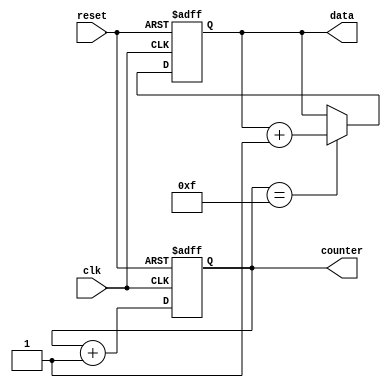
module ParameterFocusedInit #(
    parameter INITIAL_VALUE = 8'd0,  // Default initial value for registers
    parameter MODE = 2'b00,           // Operational mode (00: basic, 01: advanced)
    parameter COUNTER_SIZE = 4         // Size of the counter
)(
    input wire clk,                   // Clock input
    input wire reset,                 // Asynchronous reset
    output reg [COUNTER_SIZE-1:0] counter, // Counter output
    output reg [7:0] data             // Data output
);

    // Initialization logic
    initial begin
        // Set initial values based on parameters
        counter = INITIAL_VALUE[COUNTER_SIZE-1:0]; // Initialize counter
        data = INITIAL_VALUE;                        // Initialize data
    end

    // Always block for handling clock and reset
    always @(posedge clk or posedge reset) begin
        if (reset) begin
            // Conditional reset based on parameter settings
            case (MODE)
                2'b00: begin
                    counter <= INITIAL_VALUE[COUNTER_SIZE-1:0]; // Reset to initial value
                    data <= INITIAL_VALUE;                      // Reset data
                end
                2'b01: begin
                    counter <= 4'b1111; // Example: custom reset for advanced mode
                    data <= 8'hFF;      // Set data to a predefined value
                end
                default: begin
                    counter <= INITIAL_VALUE[COUNTER_SIZE-1:0]; // Default reset
                    data <= INITIAL_VALUE;                      // Default data reset
                end
            endcase
        end else begin
            // Normal operation: increment counter
            counter <= counter + 1;
            // Example: Update data based on some condition
            if (counter == 4'b1111) begin
                data <= data + 1; // Increment data when counter rolls over
            end
        end
    end

    // Documentation comments
    // INITIAL_VALUE: Sets the initial value of the counter and data.
    // MODE: Determines the operational behavior during reset.
    // COUNTER_SIZE: Defines the size of the counter register.
    // reset: Asynchronous reset input that can utilize parameters for custom reset behavior.

endmodule